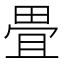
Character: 畳